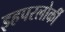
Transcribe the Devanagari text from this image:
इहपरलोकीं